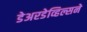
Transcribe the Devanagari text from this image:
डेअरडेव्हिल्सने